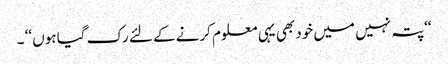
‘‘پتہ نہیں میں خود بھی یہی معلوم کرنے کے لئے رک گیا ہوں ‘‘ ۔